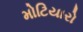
મોટિયારો